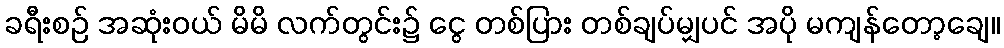
ခရီးစဉ် အဆုံးဝယ် မိမိ လက်တွင်း၌ ငွေ တစ်ပြား တစ်ချပ်မျှပင် အပို မကျန်တော့ချေ။